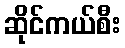
ဆိုင်ကယ်စီး